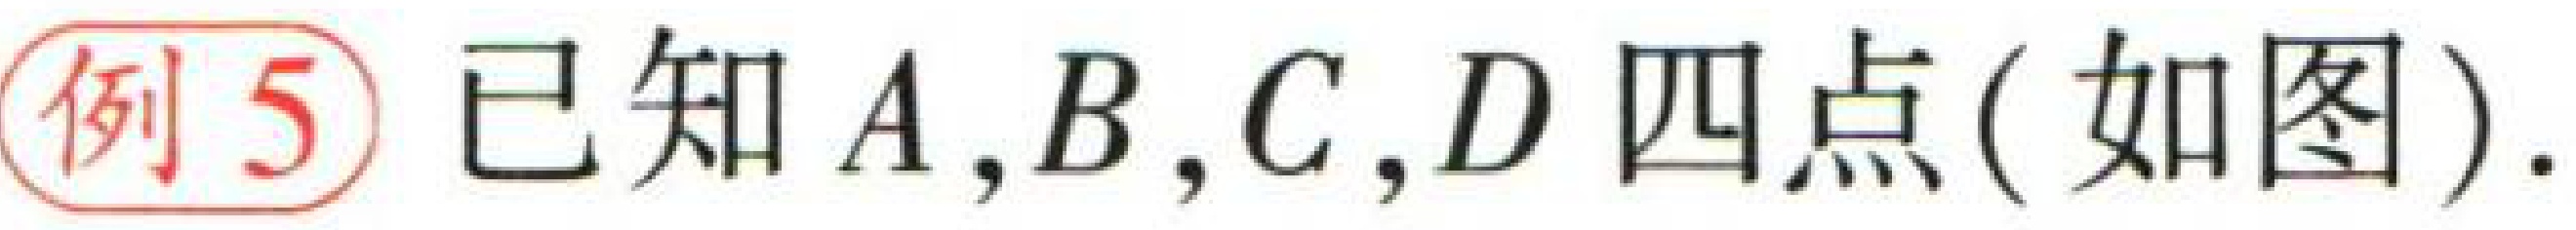
例 5 已知 \(A,B,C,D\) 四点 (如图).